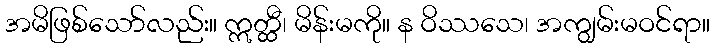
အမိဖြစ်သော်လည်း။ ဣတ္ထီ၊ မိန်းမကို။ န ဝိဿသေ၊ အကျွမ်းမဝင်ရာ။